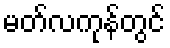
မတ်လကုန်တွင်